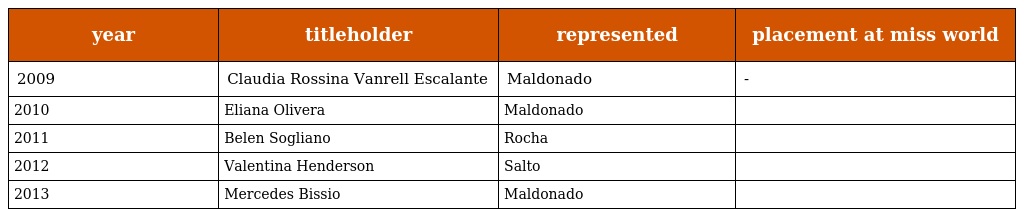
| year | titleholder | represented | placement at miss world |
 | --- | --- | --- | --- |
 | 2009 | Claudia Rossina Vanrell Escalante | Maldonado | - |
 | 2010 | Eliana Olivera | Maldonado |  |
 | 2011 | Belen Sogliano | Rocha |  |
 | 2012 | Valentina Henderson | Salto |  |
 | 2013 | Mercedes Bissio | Maldonado |  |